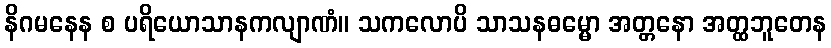
နိဂမနေန စ ပရိယောသာနကလျာဏံ။ သကလောပိ သာသနဓမ္မော အတ္တနော အတ္ထဘူတေန